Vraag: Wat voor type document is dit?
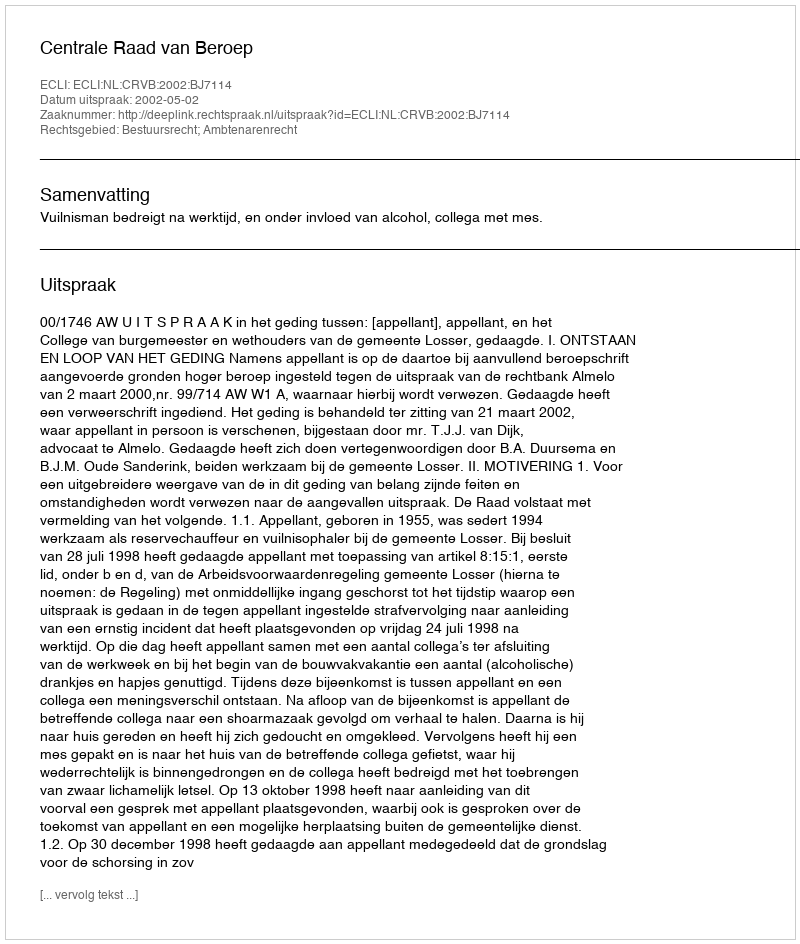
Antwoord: Uitspraak